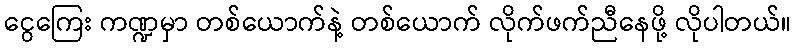
ငွေကြေး ကဏ္ဍမှာ တစ်ယောက်နဲ့ တစ်ယောက် လိုက်ဖက်ညီနေဖို့ လိုပါတယ်။